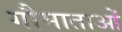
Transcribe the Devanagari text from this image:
गौमाताओं